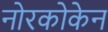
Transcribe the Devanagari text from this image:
नोरकोकेन